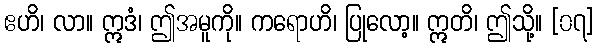
ဧဟိ၊ လာ။ ဣဒံ၊ ဤအမူကို။ ကရောဟိ၊ ပြုလော့။ ဣတိ၊ ဤသို့။ [၀၇]